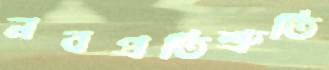
নবপ্রতিশ্রুতি